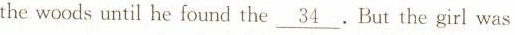
the woods until he found the \underline{34} But the girl was